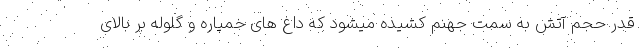
قدر حجم آتش به سمت جهنم کشیده میشود که داغ های خمپاره و گلوله بر بالای